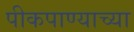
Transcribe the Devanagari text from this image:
पीकपाण्याच्या